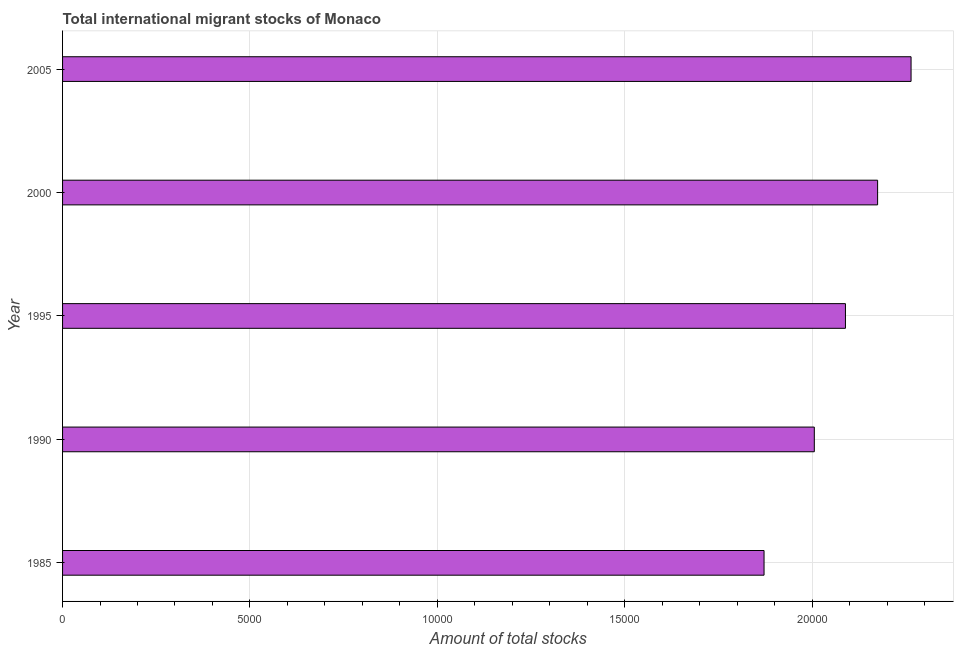
| Year | International migrant stock |
 | --- | --- |
 | 1985 | 1.87e+04 |
 | 1990 | 2.01e+04 |
 | 1995 | 2.09e+04 |
 | 2000 | 2.17e+04 |
 | 2005 | 2.26e+04 |